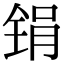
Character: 𫓶